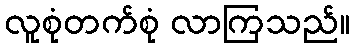
လူစုံတက်စုံ လာကြသည်။